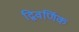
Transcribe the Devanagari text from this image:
द्विवर्णिक